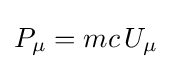
P_{\mu }=mc\,U_{\mu }